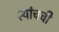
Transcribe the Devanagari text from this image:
त्यांचची